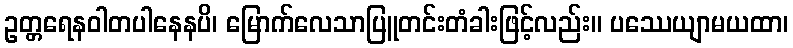
ဥတ္တရေနဝါတပါနေနပိ၊ မြောက်လေသာပြူတင်းတံခါးဖြင့်လည်း။ ပဿေယျာမယထာ၊